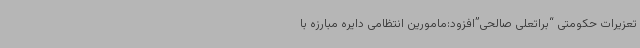
تعزیرات حکومتی “براتعلی صالحی”افزود:مامورین انتظامی دایره مبارزه با